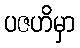
ပဇဟိမှာ